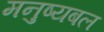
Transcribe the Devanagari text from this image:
मनुष्यबल